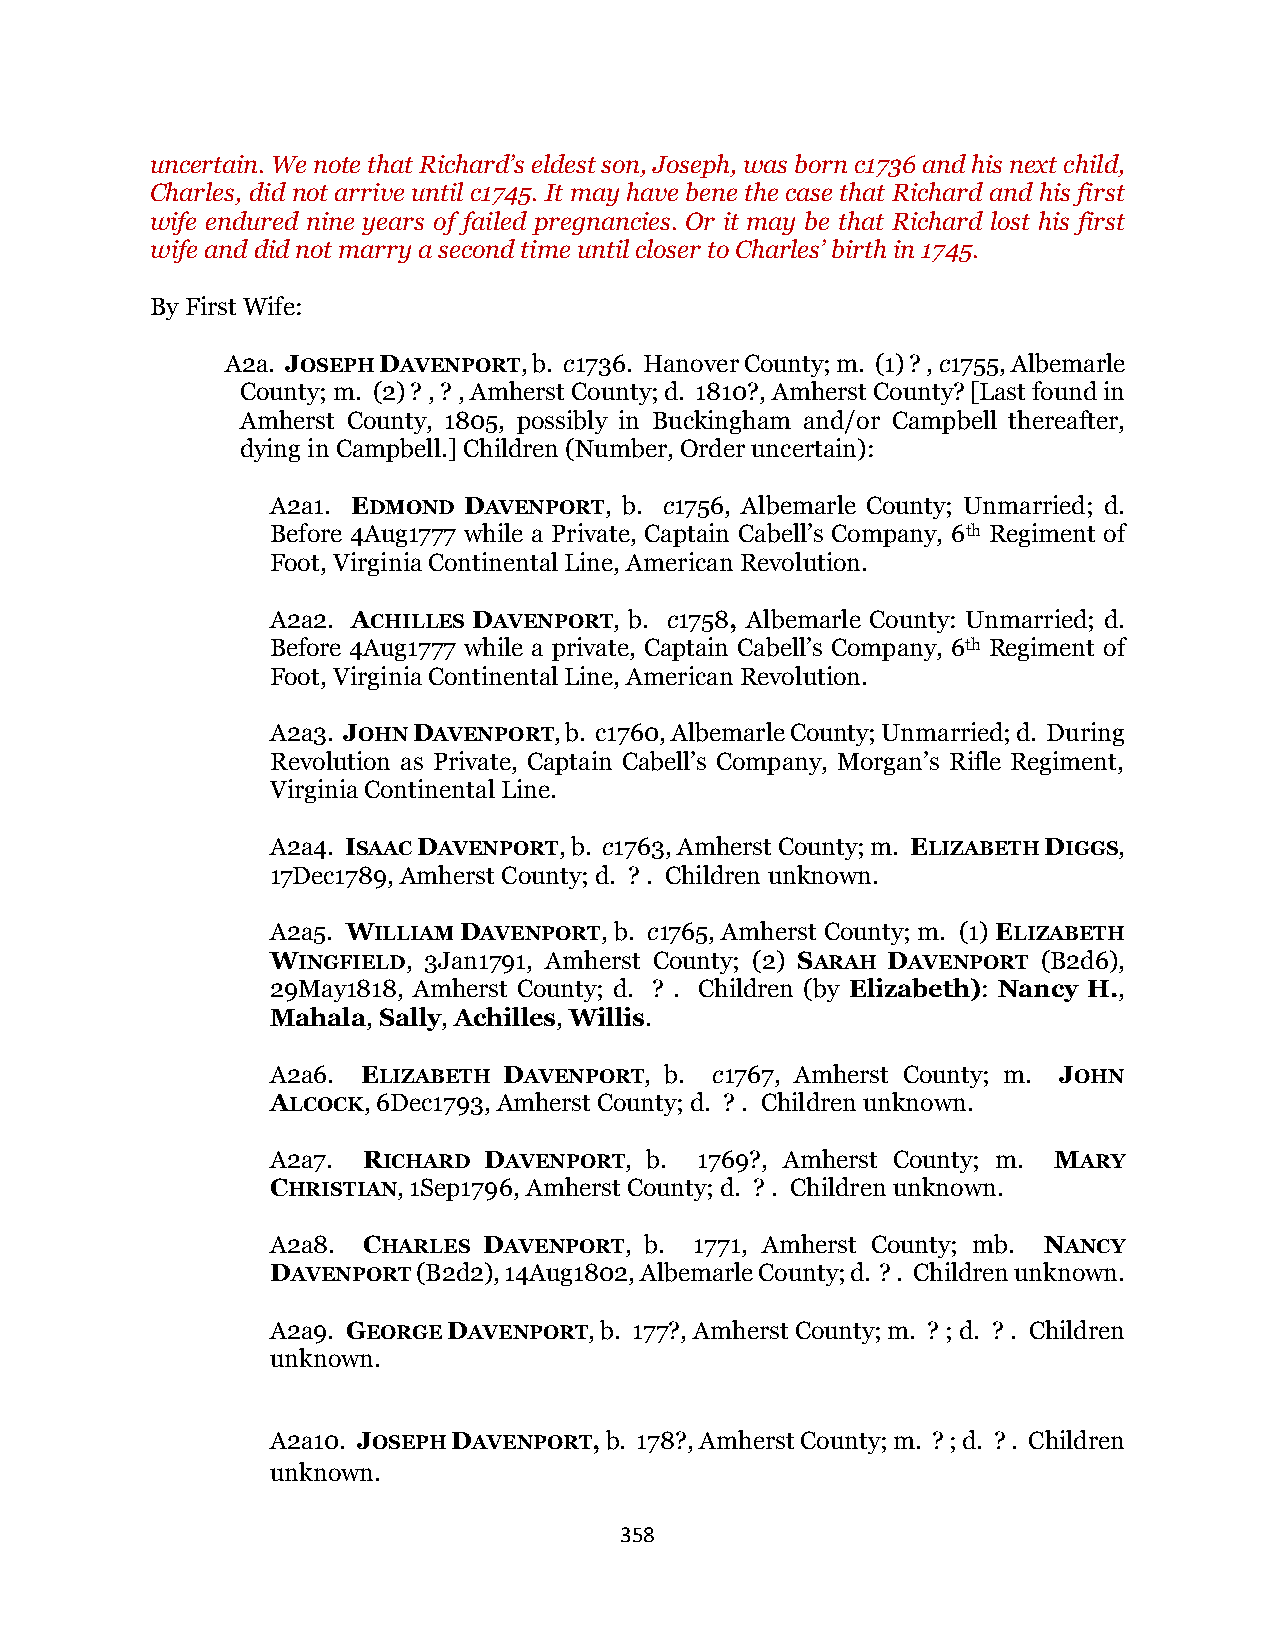
uncertain. We note that Richard’s eldest son, Joseph, was born c1736 and his next child,
 Charles, did not arrive until c1745. It may have bene the case that Richard and his first
 wife endured nine years of failed pregnancies. Or it may be that Richard lost his first
 wife and did not marry a second time until closer to Charles’ birth in 1745.
 By First Wife:
 A2a. JOSEPH DAVENPORT, b. c1736. Hanover County; m. (1) ? , c1755, Albemarle
 County; m. (2) ? , ? , Amherst County; d. 1810?, Amherst County? [Last found in
 Amherst County, 1805, possibly in Buckingham and/or Campbell thereafter,
 dying in Campbell.] Children (Number, Order uncertain):
 A2a1. EDMOND DAVENPORT, b. c1756, Albemarle County; Unmarried; d.
 Before 4Aug1777 while a Private, Captain Cabell’s Company, 6th Regiment of
 Foot, Virginia Continental Line, American Revolution.
 A2a2. ACHILLES DAVENPORT, b. c1758, Albemarle County: Unmarried; d.
 Before 4Aug1777 while a private, Captain Cabell’s Company, 6th Regiment of
 Foot, Virginia Continental Line, American Revolution.
 A2a3. JOHN DAVENPORT, b. c1760, Albemarle County; Unmarried; d. During
 Revolution as Private, Captain Cabell’s Company, Morgan’s Rifle Regiment,
 Virginia Continental Line.
 A2a4. ISAAC DAVENPORT, b. c1763, Amherst County; m. ELIZABETH DIGGS,
 17Dec1789, Amherst County; d. ? . Children unknown.
 A2a5. WILLIAM DAVENPORT, b. c1765, Amherst County; m. (1) ELIZABETH
 WINGFIELD, 3Jan1791, Amherst County; (2) SARAH DAVENPORT (B2d6),
 29May1818, Amherst County; d. ? . Children (by Elizabeth): Nancy H.,
 Mahala, Sally, Achilles, Willis.
 A2a6. ELIZABETH DAVENPORT, b. c1767, Amherst County; m. JOHN
 ALCOCK, 6Dec1793, Amherst County; d. ? . Children unknown.
 A2a7. RICHARD DAVENPORT, b. 1769?, Amherst County; m. MARY
 CHRISTIAN, 1Sep1796, Amherst County; d. ? . Children unknown.
 A2a8. CHARLES DAVENPORT, b. 1771, Amherst County; mb. NANCY
 DAVENPORT (B2d2), 14Aug1802, Albemarle County; d. ? . Children unknown.
 A2a9. GEORGE DAVENPORT, b. 177?, Amherst County; m. ? ; d. ? . Children
 unknown.
 A2a10. JOSEPH DAVENPORT, b. 178?, Amherst County; m. ? ; d. ? . Children
 unknown.
 358